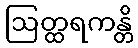
ဩတ္ထရကန္တိ